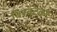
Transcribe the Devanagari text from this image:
बिरवटकर